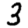
Digit: 3